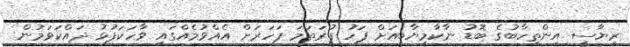
ރިޔާސީ އިންތިހާބުގެ ބޮޑު ނާކާމިޔާބީއަށް ފަހު ފުރަތަމަ ފަހަރަށް އެއްވުމެއްގައި ވާހަކަފުޅު ދައްކަވަމުން